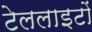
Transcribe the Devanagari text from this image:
टेललाइटों